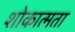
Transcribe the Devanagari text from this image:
शोकात्मता